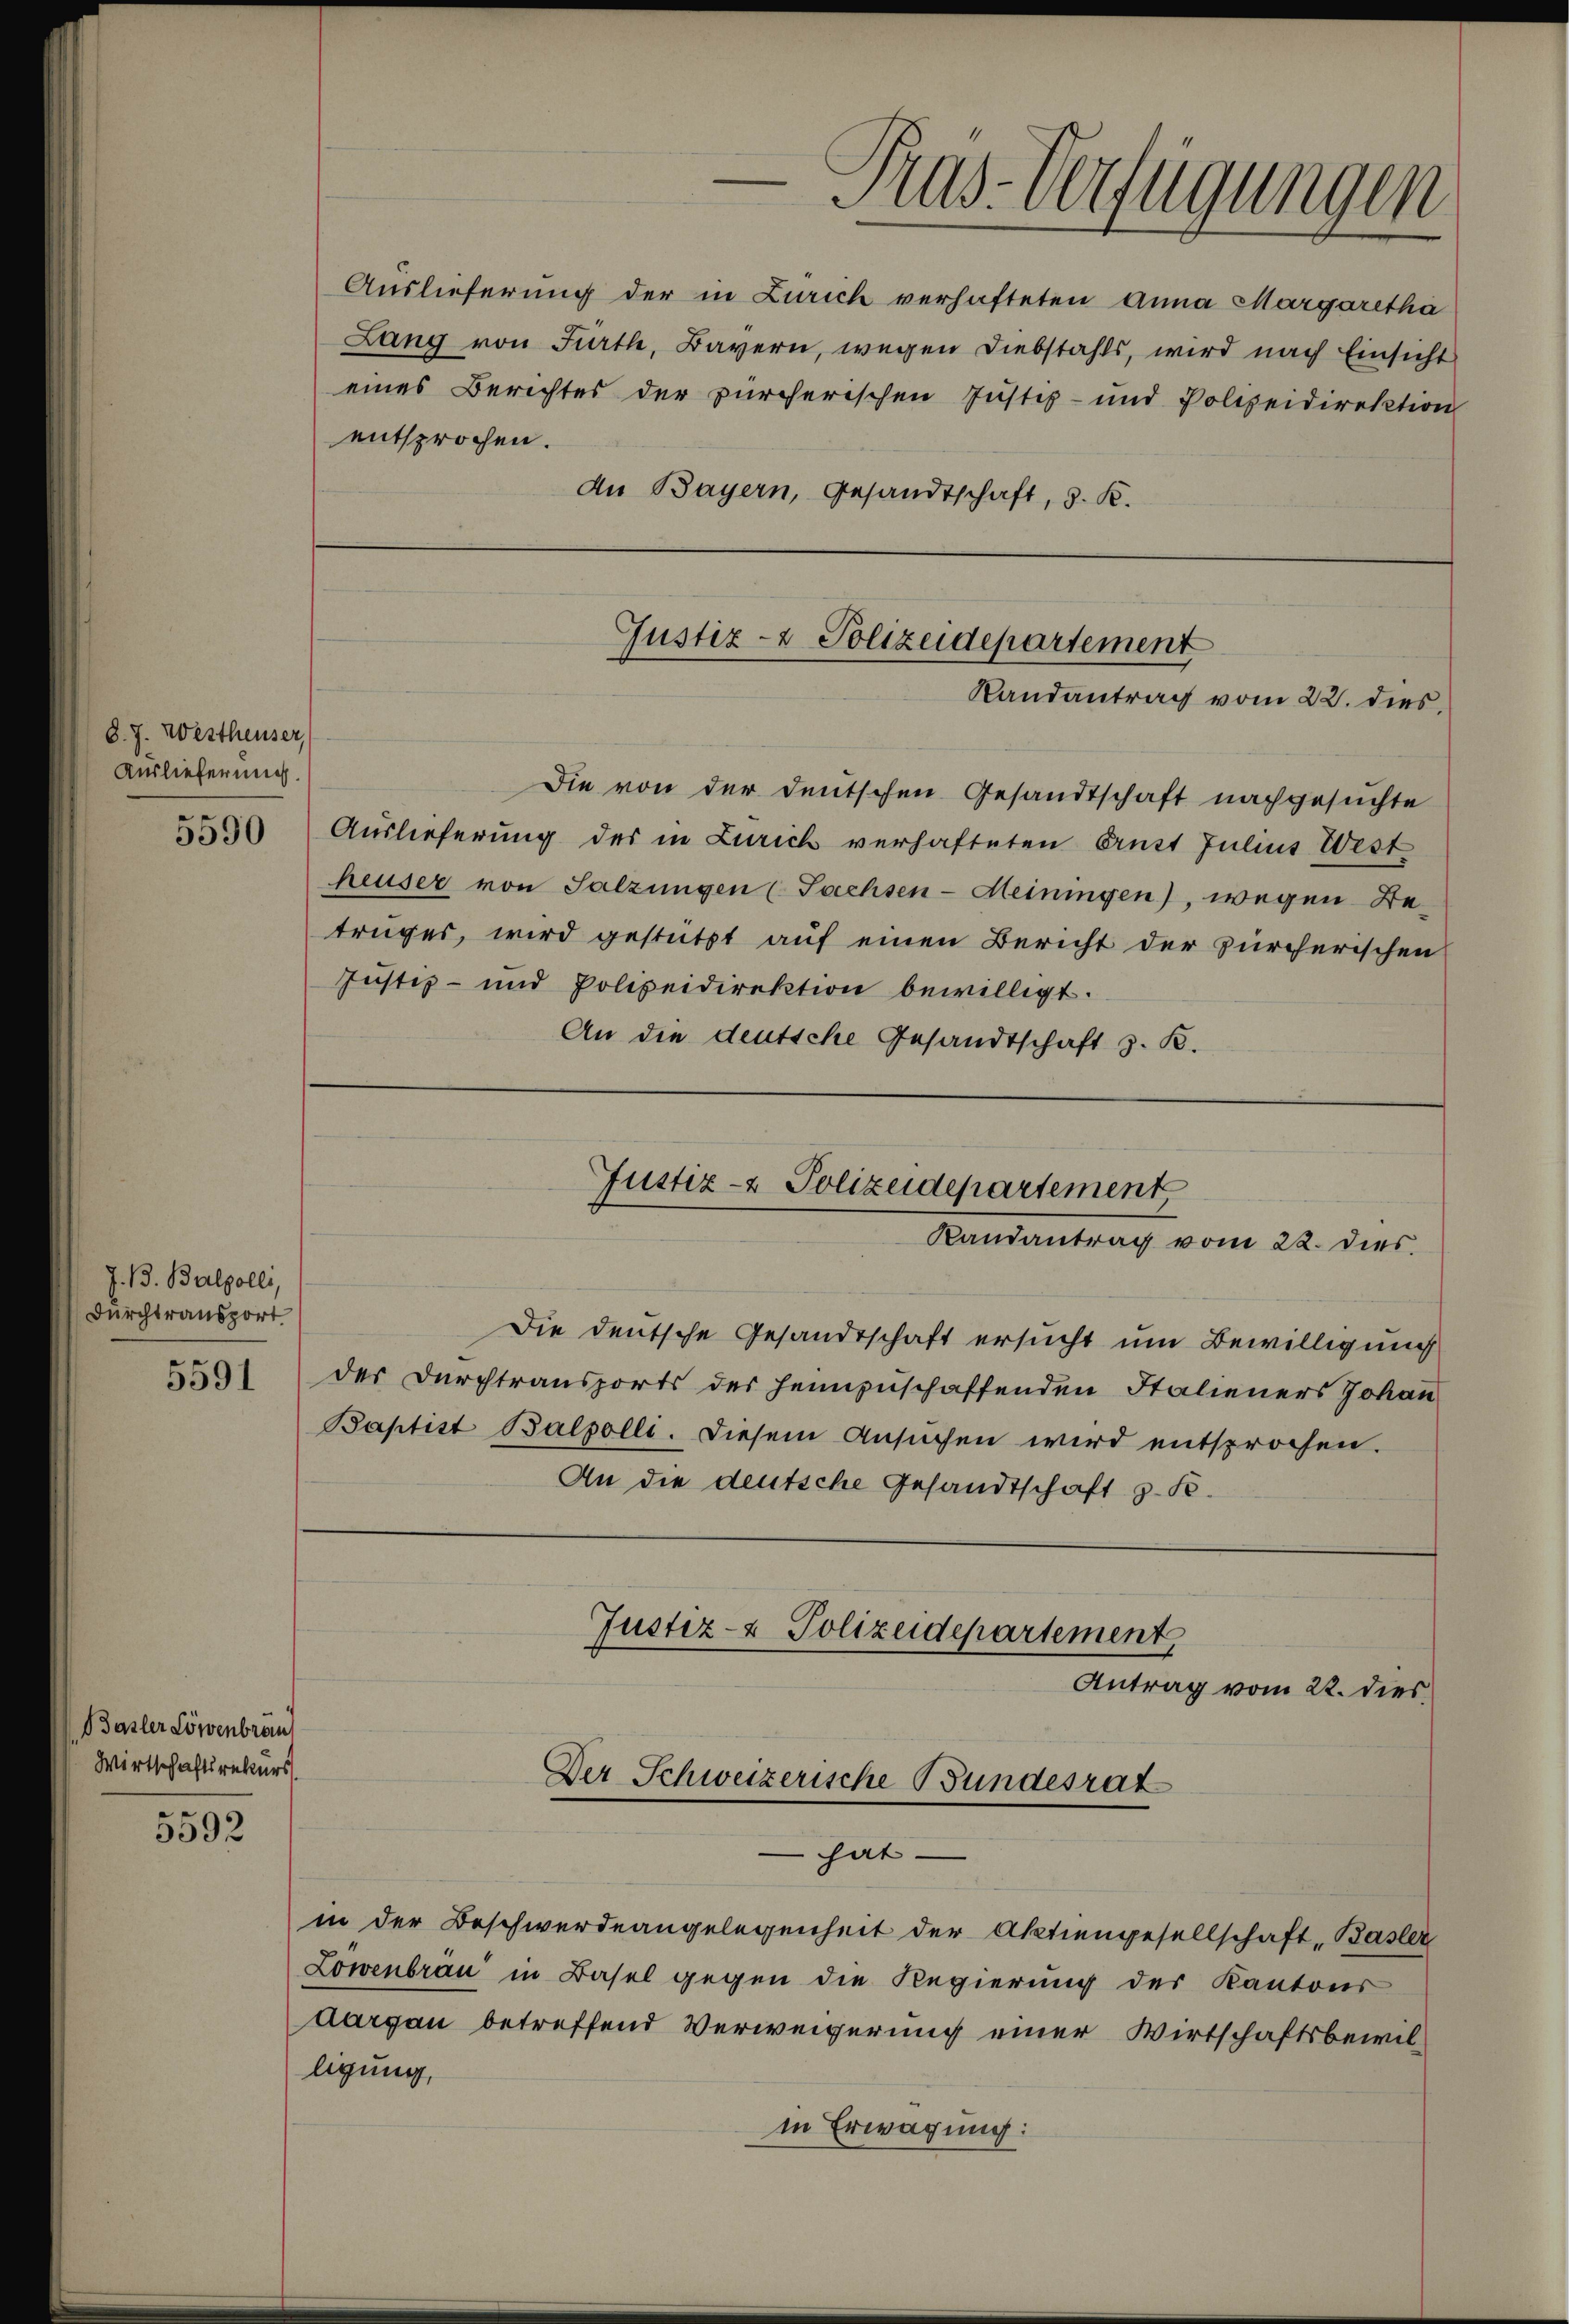
8. J. Westheuser,
Auslieferung.
5590

J. B. Balpolli,
Durchtransport

Basler Löwenbrau
Wirtschaftsrekurs

5592

Die deutsche Gesandtschaft ersucht um Bewilligung
5591 der Durchtransports des heimzuschaffenden Italieners Johan
Baptist Balpolli. Diesem Ansuchen wird entsprochen.
An die deutsche Gesandtschaft z. B.
Justiz- & Polizeidepartement,
Antrag vom 22. dies
Der Schweizerische Bundesrat

ligung,

Auslieferung der in Zürich verhafteten Anna Margaretha
Lang von Fürth, Bayern, wegen Diebstahls, wird nach Einsicht
eines Berichtes der zürcherischen Justiz- und Polizeidirektion
entsprochen.
An Bayern, Gesandtschaft, 3. K.

Die von der deutschen Gesandtschaft nachgesuchte
Auslieferung des in Zürich verhafteten Ernst Julius West
heuser von Satzungen (Sachsen-Meiningen), wegen Betruges, wird gestützt auf einen Bericht der zürcherischen
Justiz- und Polizeidirektion bewilligt.
An die deutsche Gesandtschaft z. B.

Justiz- & Polizeidepartement
Randantrag vom 22. dies,

Justiz- & Polizeidepartement
Randantrag vom 22. dies

in der Beschwerdeangelegenheit der Aktiengesellschaft Basler
Löwenbrau in Basel gegen die Regierung der Kantons
Aargau betreffend Verweigerung einer Wirtschaftsbewilin Erwägung:

hat

Pras-Verfügungen